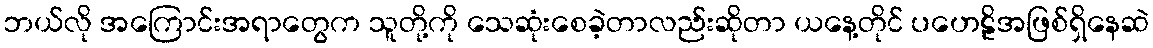
ဘယ်လို အကြောင်းအရာတွေက သူတို့ကို သေဆုံးစေခဲ့တာလည်းဆိုတာ ယနေ့တိုင် ပဟေဠိအဖြစ်ရှိနေဆဲ